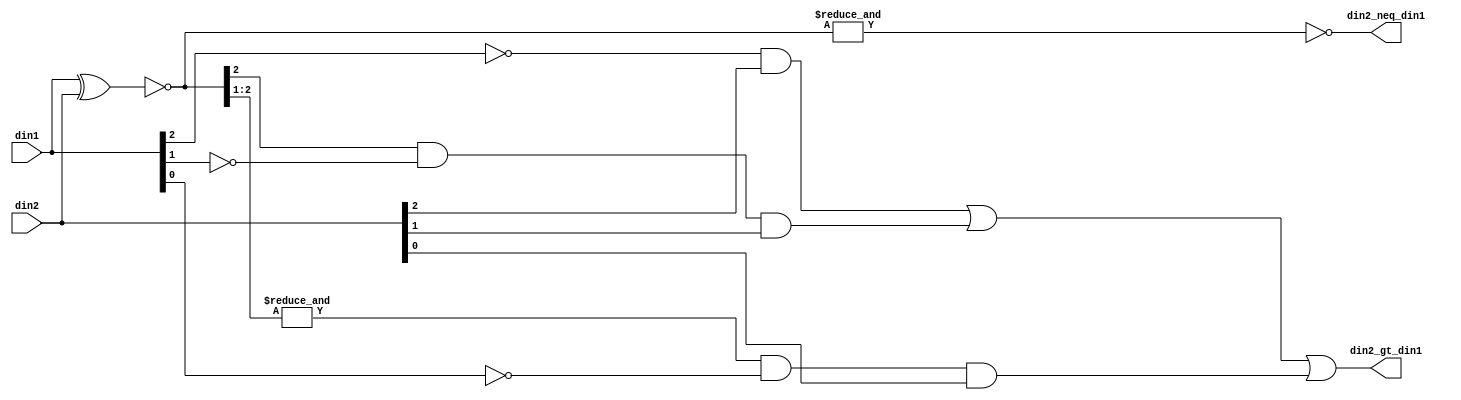
module fpu_in2_gt_in1_3b (
	din1,
	din2,
	din2_neq_din1,
	din2_gt_din1
);
input [2:0]	din1;			
input [2:0]	din2;			
output		din2_neq_din1;		
output		din2_gt_din1;		
wire [2:0]	din2_eq_din1;
wire		din2_neq_din1;
wire		din2_gt_din1;
assign din2_eq_din1[2:0]= (~(din1 ^ din2));
assign din2_neq_din1= (!(&din2_eq_din1));
assign din2_gt_din1= ((!din1[2]) && din2[2])
		|| (din2_eq_din1[2] && (!din1[1]) && din2[1])
		|| ((&din2_eq_din1[2:1]) && (!din1[0]) && din2[0]);
endmodule